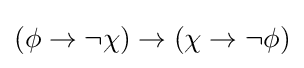
(\phi \to \neg \chi )\to (\chi \to \neg \phi )